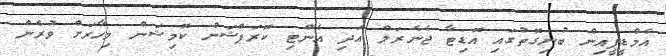
އެމްޑީޕީއިން ބުނިގޮތުގައި އޮޑިޓާ ޖެނެރަލް އަދި އެންޓި ކޮރަޕްޝަން ކޮމިޝަން މިހާރަށް ވުރެން